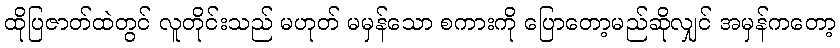
ထိုပြဇာတ်ထဲတွင် လူတိုင်းသည် မဟုတ် မမှန်သော စကားကို ပြောတော့မည်ဆိုလျှင် အမှန်ကတော့